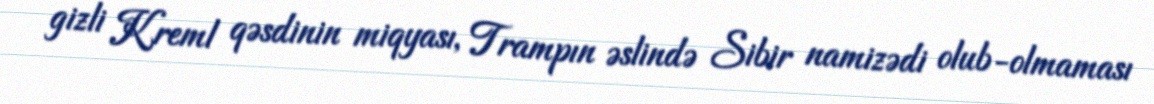
gizli Kreml qəsdinin miqyası, Trampın əslində Sibir namizədi olub-olmaması